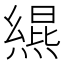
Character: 𪹩